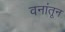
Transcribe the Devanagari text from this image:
वनांतून